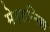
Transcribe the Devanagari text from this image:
मेहरुन्‍निसा